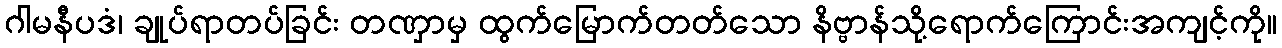
ဂါမနီပဒံ၊ ချုပ်ရာတပ်ခြင်း တဏှာမှ ထွက်မြောက်တတ်သော နိဗ္ဗာန်သို့ရောက်ကြောင်းအကျင့်ကို။